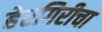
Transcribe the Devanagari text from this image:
हेरगिरीचा